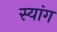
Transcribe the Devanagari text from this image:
स्‍यांग